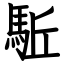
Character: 駈